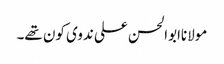
مولاناابوالحسن علی ندوی کون تھے۔